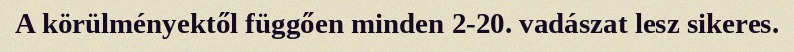
A körülményektől függően minden 2-20. vadászat lesz sikeres.